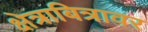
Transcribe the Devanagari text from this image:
क्षेत्राबित्रावर